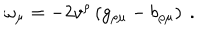
LaTeX: \omega _ { \mu } = - 2 v ^ { \rho } \left( g _ { \rho \mu } - b _ { \rho \mu } \right) \ .